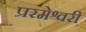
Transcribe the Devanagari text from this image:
प्ररमेश्वरी